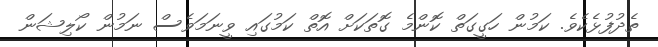
ތެދުފުޅެކެވެ. ކަމުން ހަގީގަތް ކޮންމެ ގޮތަކަށް އޮތް ކަމުގައި ވީނަމަވެސް ނަމުން ކޯލިޝަން